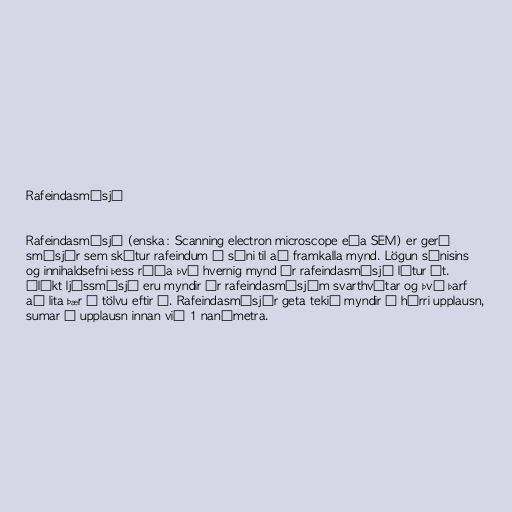
Rafeindasmásjá

Rafeindasmásjá (enska: Scanning electron microscope eða SEM) er gerð
smásjár sem skýtur rafeindum á sýni til að framkalla mynd. Lögun sýnisins
og innihaldsefni þess ráða því hvernig mynd úr rafeindasmásjá lítur út.
Ólíkt ljóssmásjá eru myndir úr rafeindasmásjám svarthvítar og því þarf
að lita þær í tölvu eftir á. Rafeindasmásjár geta tekið myndir í hárri upplausn,
sumar í upplausn innan við 1 nanómetra.